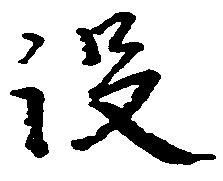
没